Scottish Leaving Certificate Examination, 1955
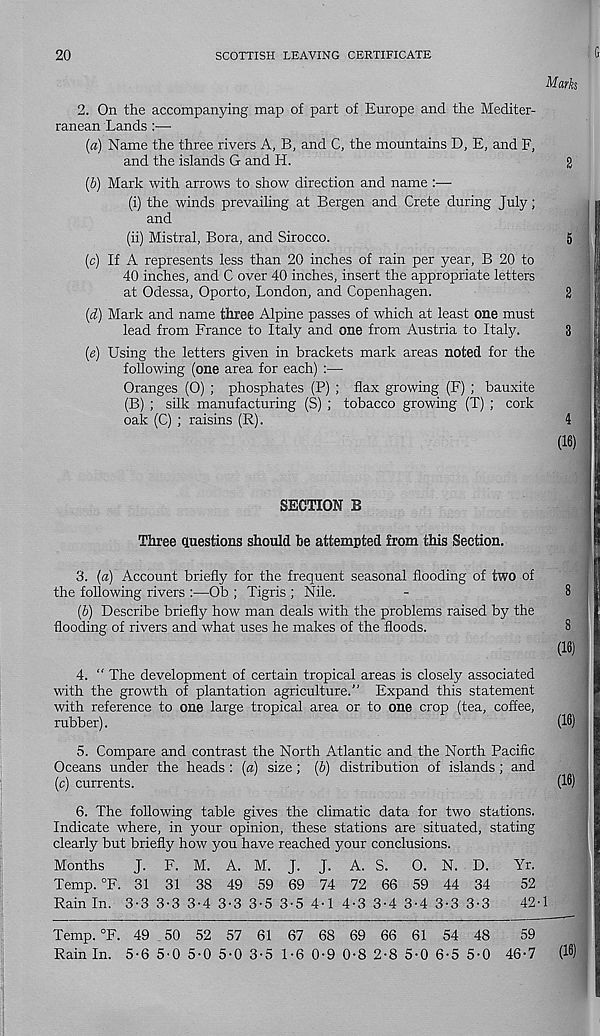
20
SCOTTISH LEAVING CERTIFICATE
Marks
2. On the accompanying map of part of Europe and the Mediter-
ranean Lands :—
(a) Name the three rivers A, B, and C, the mountains D, E, and F,
and the islands G and H.
g
(b) Mark with arrows to show direction and name :—
(i) the winds prevailing at Bergen and Crete during July;
and
(ii) Mistral, Bora, and Sirocco.
5
(c) If A represents less than 20 inches of rain per year, B 20 to
40 inches, and C over 40 inches, insert the appropriate letters
at Odessa, Oporto, London, and Copenhagen.
2
(d) Mark and name three Alpine passes of which at least one must
lead from France to Italy and one from Austria to Italy.
3
(e) Using the letters given in brackets mark areas noted for the
following (one area for each) :—
Oranges (O) ; phosphates (P) ; flax growing (F) ; bauxite
(B) ; silk manufacturing (S) ; tobacco growing (T) ; cork
oak (C) ; raisins (R).
4
(16)
SECTION B
Three questions should be attempted from this Section.
3. (a) Account briefly for the frequent seasonal flooding of two of
the following rivers:—Ob; Tigris; Nile.
-
8
(b) Describe briefly how man deals with the problems raised by the
flooding of rivers and what uses he makes of the floods.
(16)
4. “ The development of certain tropical areas is closely associated
with the growth of plantation agriculture.” Expand this statement
with reference to one large tropical area or to one crop (tea, coffee,
rubber).
(18)
5. Compare and contrast the North Atlantic and the North Pacific
Oceans under the heads : (a) size; (b) distribution of islands; and
(c) currents.
(18)
6. The following table gives the climatic data for two stations.
Indicate where, in your opinion, these stations are situated, stating
clearly but briefly how you have reached your conclusions.
Months
J. F. M. A. M. J. J. A. S. O. N. D.
Yr.
Temp. °F. 31 31 38 49 59 69 74 72 66 59 44 34
52
Rain In. 3-3 3-3 3-4 3-3 3-5 3-5 4-1 4-3 3-4 3-4 3-3 3-3
42-1
Temp. °F. 49 50 52 57 61 67 68 69 66 61 54 48
59
Rain In. 5-6 5'0 5-0 5-0 3-5 1-6 0-9 0-8 2-8 5-0 6-5 5-0 46-7 (18)